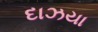
દાઝયા